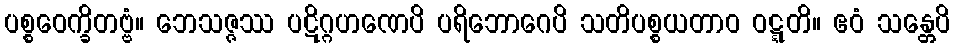
ပစ္စဝေက္ခိတဗ္ဗံ။ ဘေသဇ္ဇဿ ပဋိဂ္ဂဟဏေပိ ပရိဘောဂေပိ သတိပစ္စယတာဝ ဝဋ္ဋတိ။ ဧဝံ သန္တေပိ